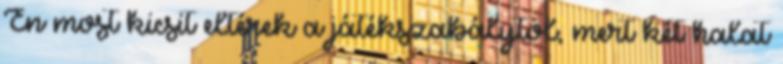
Én most kicsit eltérek a játékszabálytól, mert két halat